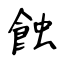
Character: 蝕